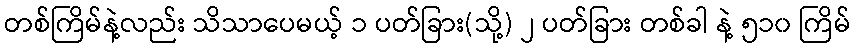
တစ်ကြိမ်နဲ့လည်း သိသာပေမယ့် ၁ ပတ်ခြား(သို့) ၂ ပတ်ခြား တစ်ခါ နဲ့ ၅၁၀ ကြိမ်